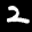
Label: 2